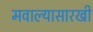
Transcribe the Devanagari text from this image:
मवाल्यासारखी